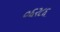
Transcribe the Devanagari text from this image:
०६२८६